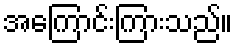
အကြောင်းကြားသည်။